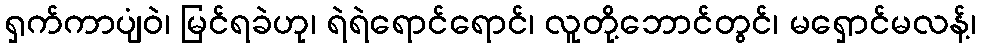
ရှက်ကာပျံဝဲ၊ မြင်ရခဲဟု၊ ရဲရဲရောင်ရောင်၊ လူတို့ဘောင်တွင်၊ မရှောင်မလန့်၊